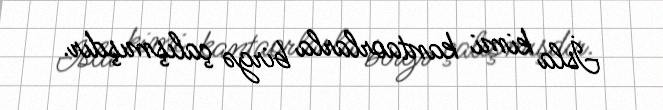
İsla kimi kantaorlarla birgə çalışmışdır.